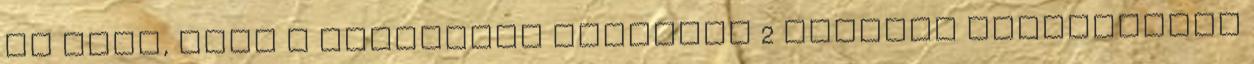
az volt, hogy a részükről fennálló 2 hónapos kockázatban